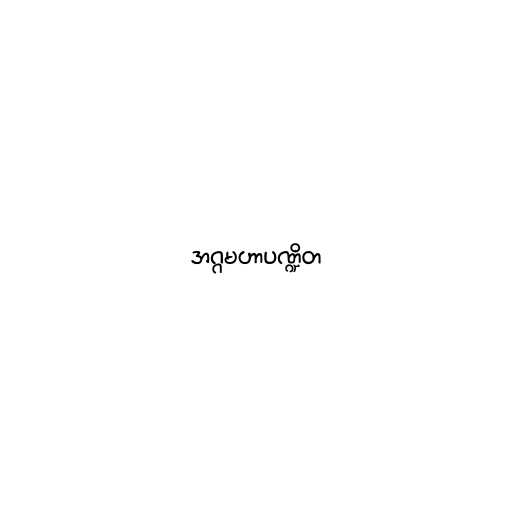
အဂ္ဂမဟာပဏ္ဍိတ